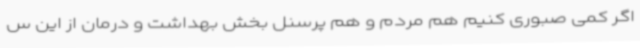
اگر کمی صبوری کنیم هم مردم و هم پرسنل بخش بهداشت و درمان از این س